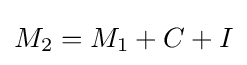
M_{2}={M_{1}}+C+I